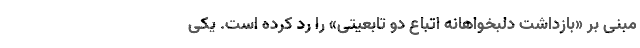
مبنی بر «بازداشت دلبخواهانه اتباع دو تابعیتی» را رد کرده است. یکی